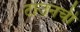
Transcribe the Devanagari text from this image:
टाउनची